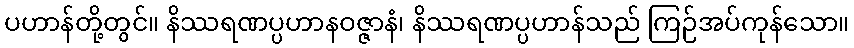
ပဟာန်တို့တွင်။ နိဿရဏပ္ပဟာနဝဇ္ဇာနံ၊ နိဿရဏပ္ပဟာန်သည် ကြဉ်အပ်ကုန်သော။